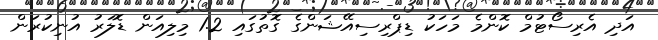
އަދި އެރިސޯޓުމް ކޮންމެ މަހަކު ޑިޕްރިސިއޭޝަންގެ ގޮތުގައި 1.2 މިލިއަން ޑޮލަރު އުނިކުރަން